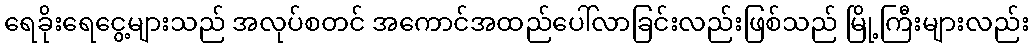
ရေခိုးရေငွေ့များသည် အလုပ်စတင် အကောင်အထည်ပေါ်လာခြင်းလည်းဖြစ်သည် မြို့ကြီးများလည်း